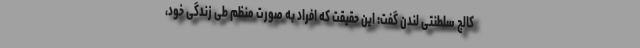
کالج سلطنتی لندن گفت: این حقیقت که افراد به صورت منظم طی زندگی خود،